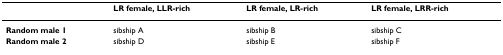
<table><thead><tr><td></td><td><b>LR female, LLR-rich</b></td><td><b>LR female, LR-rich</b></td><td><b>LR female, LRR-rich</b></td></tr></thead><tbody><tr><td><b>Random male 1</b></td><td>sibship A</td><td>sibship B</td><td>sibship C</td></tr><tr><td><b>Random male 2</b></td><td>sibship D</td><td>sibship E</td><td>sibship F</td></tr></tbody></table>